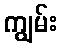
ကျွမ်း